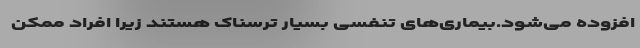
افزوده می‌شود.بیماری‌های تنفسی بسیار ترسناک هستند زیرا افراد ممکن